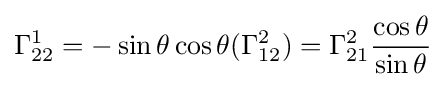
\Gamma _{22}^{1}=-\sin \theta \cos \theta (\Gamma _{12}^{2})=\Gamma _{21}^{2}{\frac {\cos \theta }{\sin \theta }}